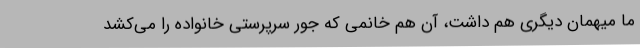
ما میهمان دیگری هم داشت، آن هم خانمی که جُور سرپرستی خانواده را می‌کشد